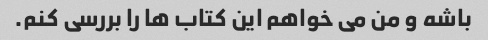
باشه و من می خواهم این کتاب ها را بررسی کنم.